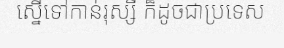
ស្នើទៅកាន់រុស្សី ក៏ដូចជាប្រទេស